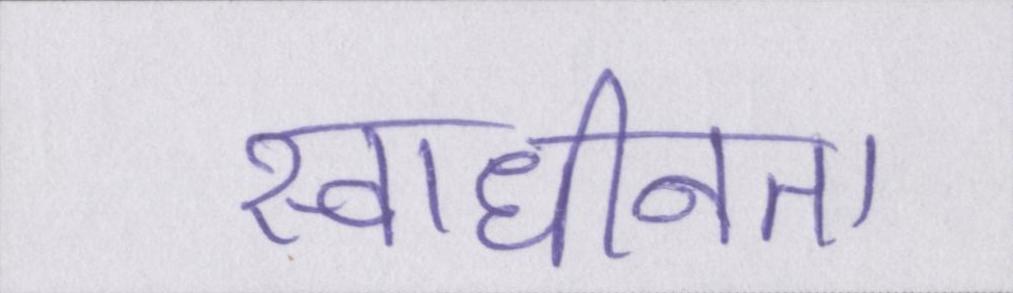
स्वाधीनता